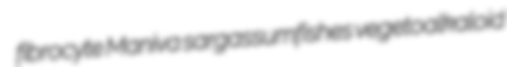
fibrocyte Maniva sargassumfishes vegetoalkaloid